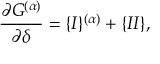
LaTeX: \frac { \partial G ^ { ( \alpha ) } } { \partial \delta } = \{ I \} ^ { ( \alpha ) } + \{ I I \} ,